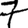
Digit: 7